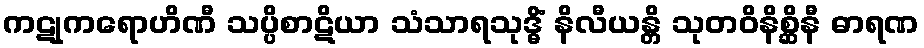
ကဋုကရောဟိဏီ သပ္ပိစာဋိယာ သံသာရသုဒ္ဓိံ နိလီယန္တိ သုတဝိနိစ္ဆိနီ ဓာရဏ